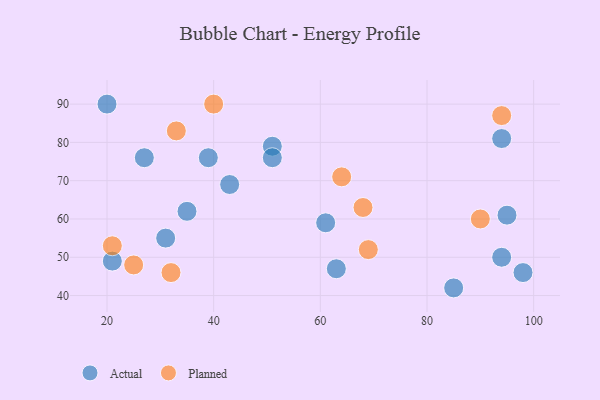
{"axis": {"x": "GDP", "y": "Life Expectancy"}, "legend": ["Actual", "Planned"], "data": [{"x": "98", "y": 46, "type": "Actual"}, {"x": "39", "y": 76, "type": "Actual"}, {"x": "51", "y": 79, "type": "Actual"}, {"x": "43", "y": 69, "type": "Actual"}, {"x": "61", "y": 59, "type": "Actual"}, {"x": "20", "y": 90, "type": "Actual"}, {"x": "27", "y": 76, "type": "Actual"}, {"x": "85", "y": 42, "type": "Actual"}, {"x": "51", "y": 76, "type": "Actual"}, {"x": "94", "y": 81, "type": "Actual"}, {"x": "21", "y": 49, "type": "Actual"}, {"x": "94", "y": 50, "type": "Actual"}, {"x": "63", "y": 47, "type": "Actual"}, {"x": "95", "y": 61, "type": "Actual"}, {"x": "35", "y": 62, "type": "Actual"}, {"x": "31", "y": 55, "type": "Actual"}, {"x": "25", "y": 48, "type": "Planned"}, {"x": "68", "y": 63, "type": "Planned"}, {"x": "21", "y": 53, "type": "Planned"}, {"x": "69", "y": 52, "type": "Planned"}, {"x": "33", "y": 83, "type": "Planned"}, {"x": "94", "y": 87, "type": "Planned"}, {"x": "40", "y": 90, "type": "Planned"}, {"x": "32", "y": 46, "type": "Planned"}, {"x": "90", "y": 60, "type": "Planned"}, {"x": "64", "y": 71, "type": "Planned"}]}